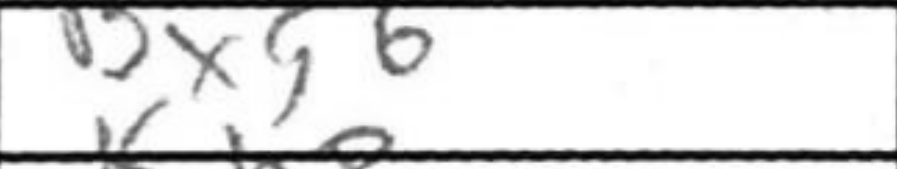
Transcription: Bxg6